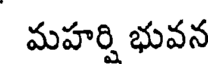
మహర్షి భువన